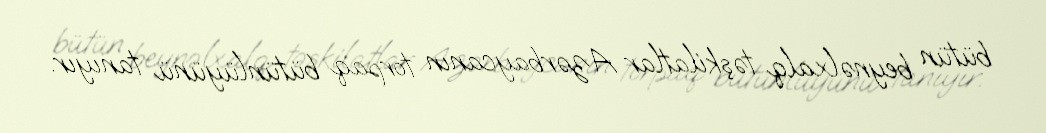
bütün beynəlxalq təşkilatlar Azərbaycanın torpaq bütünlüyünü tanıyır.